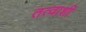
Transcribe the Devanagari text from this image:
तत्वाशी